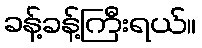
ခန့်ခန့်ကြီးရယ်။